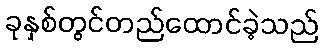
ခုနှစ်တွင်တည်ထောင်ခဲ့သည်